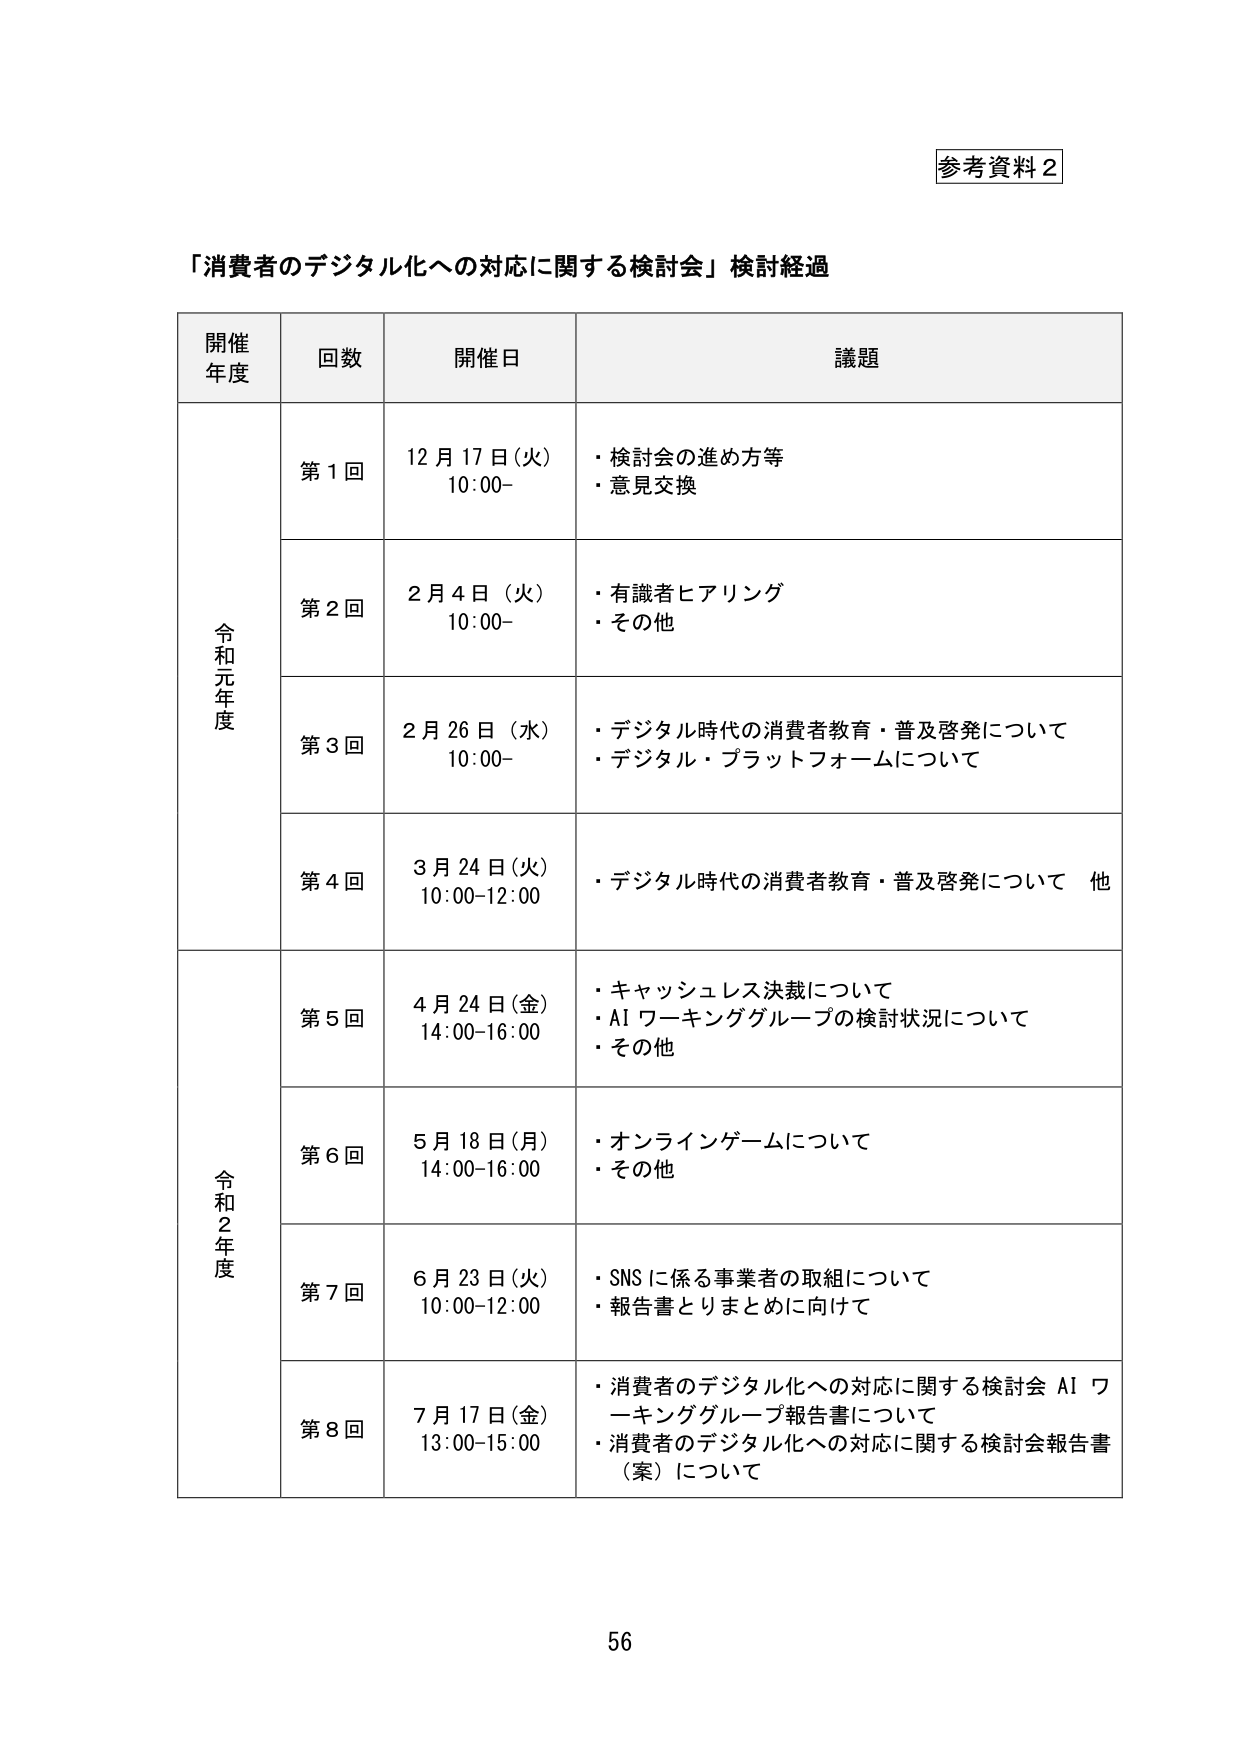
参考資料２

「消費者のデジタル化への対応に関する検討会」検討経過

開催年度	回数	開催日	議題
令和元年度	第１回	12月17日（火）10:00-	・検討会の進め方等
・意見交換
	第２回	2月4日（火）10:00-	・有識者ヒアリング
・その他
	第３回	2月26日（水）10:00-	・デジタル時代の消費者教育・普及啓発について
・デジタル・プラットフォームについて
	第４回	3月24日（火）10:00-12:00	・デジタル時代の消費者教育・普及啓発について　他
令和２年度	第５回	4月24日（金）14:00-16:00	・キャッシュレス決裁について
・AIワーキンググループの検討状況について
・その他
	第６回	5月18日（月）14:00-16:00	・オンラインゲームについて
・その他
	第７回	6月23日（火）10:00-12:00	・SNSに係る事業者の取組について
・報告書とりまとめに向けて
	第８回	7月17日（金）13:00-15:00	・消費者のデジタル化への対応に関する検討会 AIワーキンググループ報告書について
・消費者のデジタル化への対応に関する検討会報告書（案）について

56